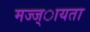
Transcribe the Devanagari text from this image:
मज्ज्ायता